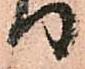
り